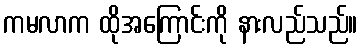
ကမလာက ထိုအကြောင်းကို နားလည်သည်။